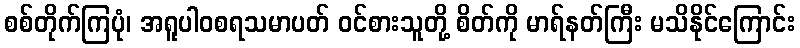
စစ်တိုက်ကြပုံ၊ အရူပါဝစရသမာပတ် ဝင်စားသူတို့ စိတ်ကို မာရ်နတ်ကြီး မသိနိုင်ကြောင်း